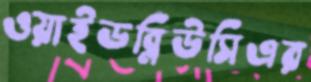
ওয়াইডব্লিউসিএর